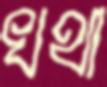
খথা